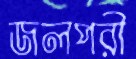
জলপরী